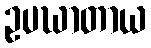
ဥပဃာတာယ